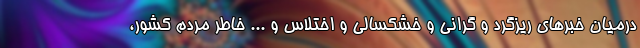
درمیان خبرهای ریزگرد و گرانی و خشکسالی و اختلاس و ... خاطر مردم کشور،